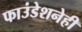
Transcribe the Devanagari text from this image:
फाउंडेशनेही